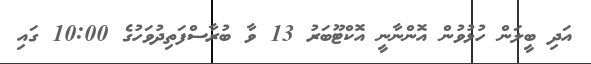
އަދި ބީލަން ހުޅުވުން އޮންނާނީ އޮކްޓޫބަރު 13 ވާ ބުރާސްފަތިދުވަހުގެ 10:00 ގައި